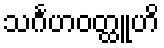
သင်္ဂဟဝတ္ထူဟိ